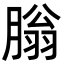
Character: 䐥